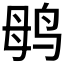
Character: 𱉞